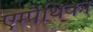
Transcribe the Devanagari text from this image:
एम्पैथिका